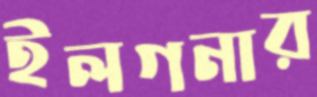
ইলগনার